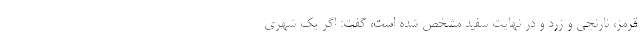
قرمز، نارنجی و زرد و در نهایت سفید مشخص شده است، گفت: اگر یک شهری